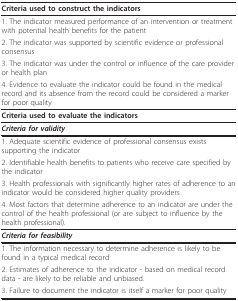
| Criteria used to construct the indicators |
 | --- |
 | 1. The indicator measured performance of an intervention or treatment with potential health benefits for the patient |
 | 2. The indicator was supported by scientific evidence or professional consensus |
 | 3. The indicator was under the control or influence of the care provider or health plan |
 | 4. Evidence to evaluate the indicator could be found in the medical record and its absence from the record could be considered a marker for poor quality |
 | Criteria used to evaluate the indicators |
 | Criteria for validity |
 | 1. Adequate scientific evidence of professional consensus exists supporting the indicator |
 | 2. Identifiable health benefits to patients who receive care specified by the indicator |
 | 3. Health professionals with significantly higher rates of adherence to an indicator would be considered higher quality providers |
 | 4. Most factors that determine adherence to an indicator are under the control of the health professional (or are subject to influence by the health professional). |
 | Criteria for feasibility |
 | 1. The information necessary to determine adherence is likely to be found in a typical medical record |
 | 2. Estimates of adherence to the indicator - based on medical record data - are likely to be reliable and unbiased. |
 | 3. Failure to document the indicator is itself a marker for poor quality |